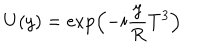
U ( y ) = \exp \left( - i \frac { y } { R } T ^ { 3 } \right)